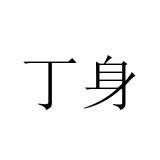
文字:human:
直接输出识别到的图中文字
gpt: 丁身